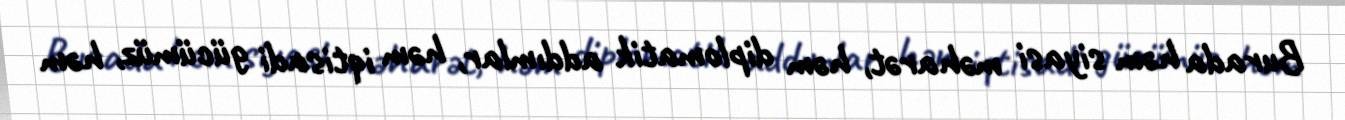
Burada həm siyasi məharət, həm diplomatik addımlar, həm iqtisadi gücümüz, həm